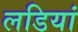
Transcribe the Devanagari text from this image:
लडियां